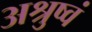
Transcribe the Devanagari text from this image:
अश्रुष्वं